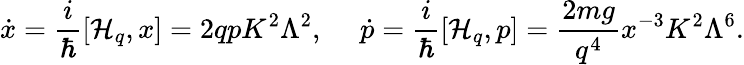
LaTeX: \dot{x}={\frac{i}{\hbar}}[{\cal H}_{q},x]=2qpK^{2}\Lambda^{2},\ \ \ \ \ \dot{p}={\frac{i}{\hbar}}[{\cal H}_{q},p]={\frac{2mg}{q^{4}}}x^{-3}K^{2}\Lambda^{6}.